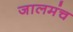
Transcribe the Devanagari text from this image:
जालमंच